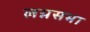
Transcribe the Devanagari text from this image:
लग्नसभा